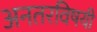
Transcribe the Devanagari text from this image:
अनतरविषयी